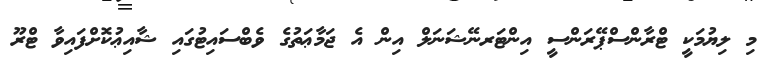
މި ލިޔުމަކީ ޓްރާންސްޕޭރަންސީ އިންޓަރނޭޝަނަލް އިން އެ ޖަމާޢަތުގެ ވެބްސައިޓުގައި ޝާއިޢުކޮށްފައިވާ ޓްރޫ